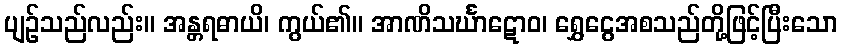
ပျဉ်သည်လည်း။ အန္တရဓာယိ၊ ကွယ်၏။ အာဏိသင်္ဃာဋောဝ၊ ရွှေငွေအစသည်တို့ဖြင့်ပြီးသော